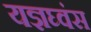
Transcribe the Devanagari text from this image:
यज्ञघ्वंस